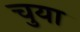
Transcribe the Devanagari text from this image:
चुया